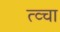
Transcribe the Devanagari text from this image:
त्व्चा